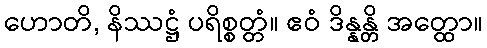
ဟောတိ, နိဿဋ္ဌံ ပရိစ္စတ္တံ။ ဧဝံ ဒိန္နန္တိ အတ္ထော။